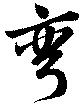
弯